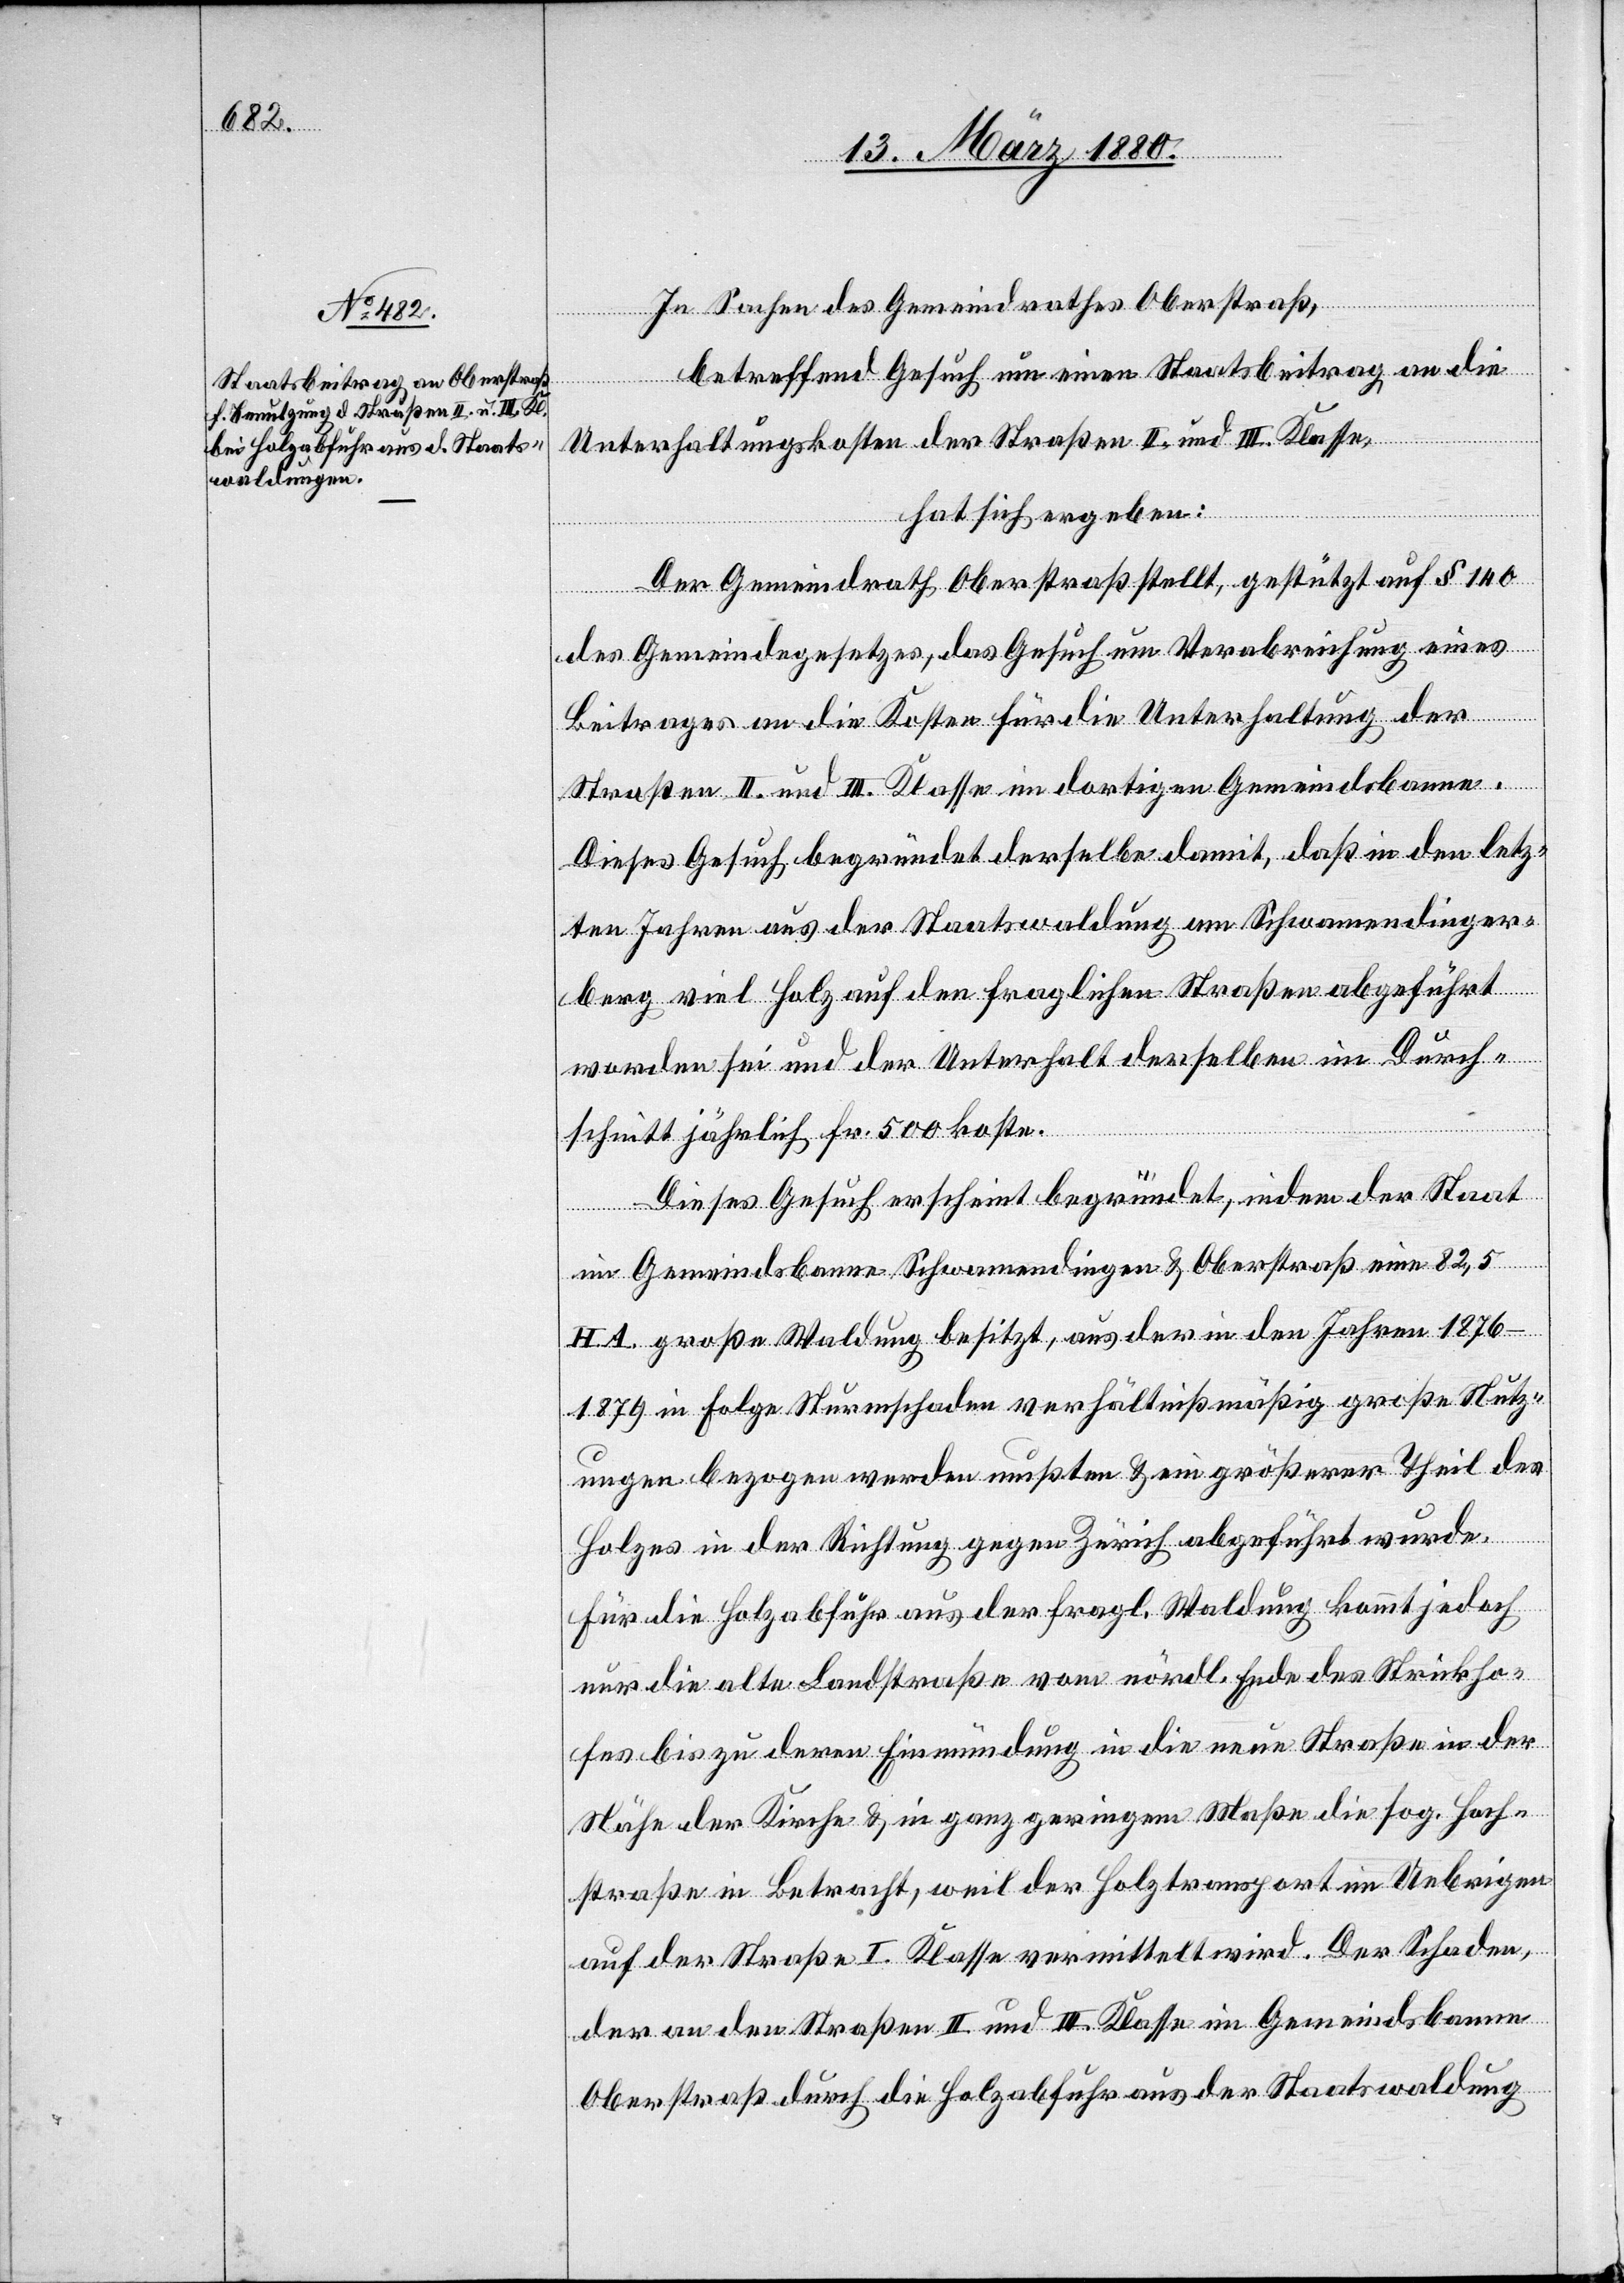
In Sachen des Gemeindrathes Oberstraß,
betreffend Gesuch um einen Staatsbeitrag an die
Unterhaltungskosten der Straßen II. und III. Klasse,
hat sich ergeben:
Der Gemeindrath Oberstraß stellt, gestützt auf § 140
des Gemeindegesetzes, das Gesuch um Verabreichung eines
Beitrages an die Kosten für die Unterhaltung der
Straßen II. und III. Klasse im dortigen Gemeindsbanne.
Dieses Gesuch begründet derselbe damit, daß in den letz¬
ten Jahren aus der Staatswaldung am Schwamendinger¬
berg viel Holz auf den fraglichen Straßen abgeführt
worden sei und der Unterhalt derselben im Durch¬
schnitt jährlich Fr. 500 koste.
Dieses Gesuch erscheint begründet, indem der Staat
im Gemeindsbanne Schwamendingen & Oberstraß eine 82,5
HA große Waldung besitzt, aus der in den Jahren 1876–1879
in Folge Sturmschaden verhältnißmäßig große Stutz¬
ungen bezogen werden mußten & ein größerer Theil des
Holzes in der Richtung gegen Zürich abgeführt wurde.
Für die Holzabfuhr aus der fragl. Waldung kommt jedoch
nur die alte Landstraße von nördl. Ende des Strickho¬
fes bis zu deren Einmündung in die neue Straße in der
Nähe der Kirche & in ganz geringem Maße die sog. Hoch¬
straße in Betracht, weil der Holztransport im Uebrigen
auf der Straße I. Klasse vermittelt wird. Der Schaden,
der an den Straßen II. und III. Klasse im Gemeindsbanne
Oberstraß durch die Holzabfuhr aus der Staatswaldung